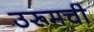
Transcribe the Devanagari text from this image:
उरूमची